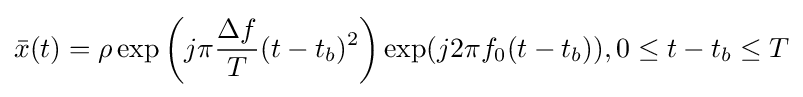
{\bar {x}}(t)=\rho \exp \left(j\pi {\frac {\Delta f}{T}}(t-t_{b})^{2}\right)\exp(j2\pi f_{0}(t-t_{b})),0\leq t-t_{b}\leq T